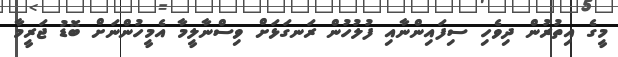
މީގެ އިތުރުން ދިވެހި ސިފައިންނާއި ފުލުހުން ރަނގަޅަށް ވިސްނާލީމާ އެމީހުންނަށް ބޮޑު ޖަރީމާ